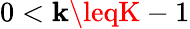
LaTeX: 0<\mathbf{k}\leqK-1